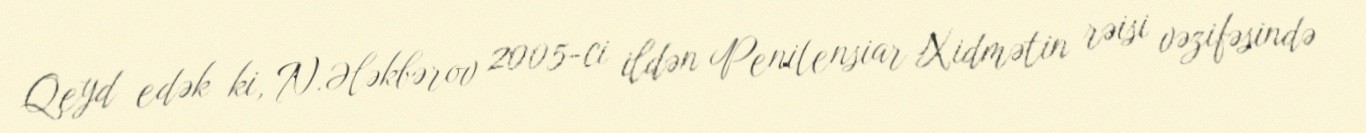
Qeyd edək ki, N.Ələkbərov 2005-ci ildən Penitensiar Xidmətin rəisi vəzifəsində